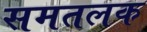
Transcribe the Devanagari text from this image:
समतलक